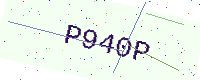
Text: P940P